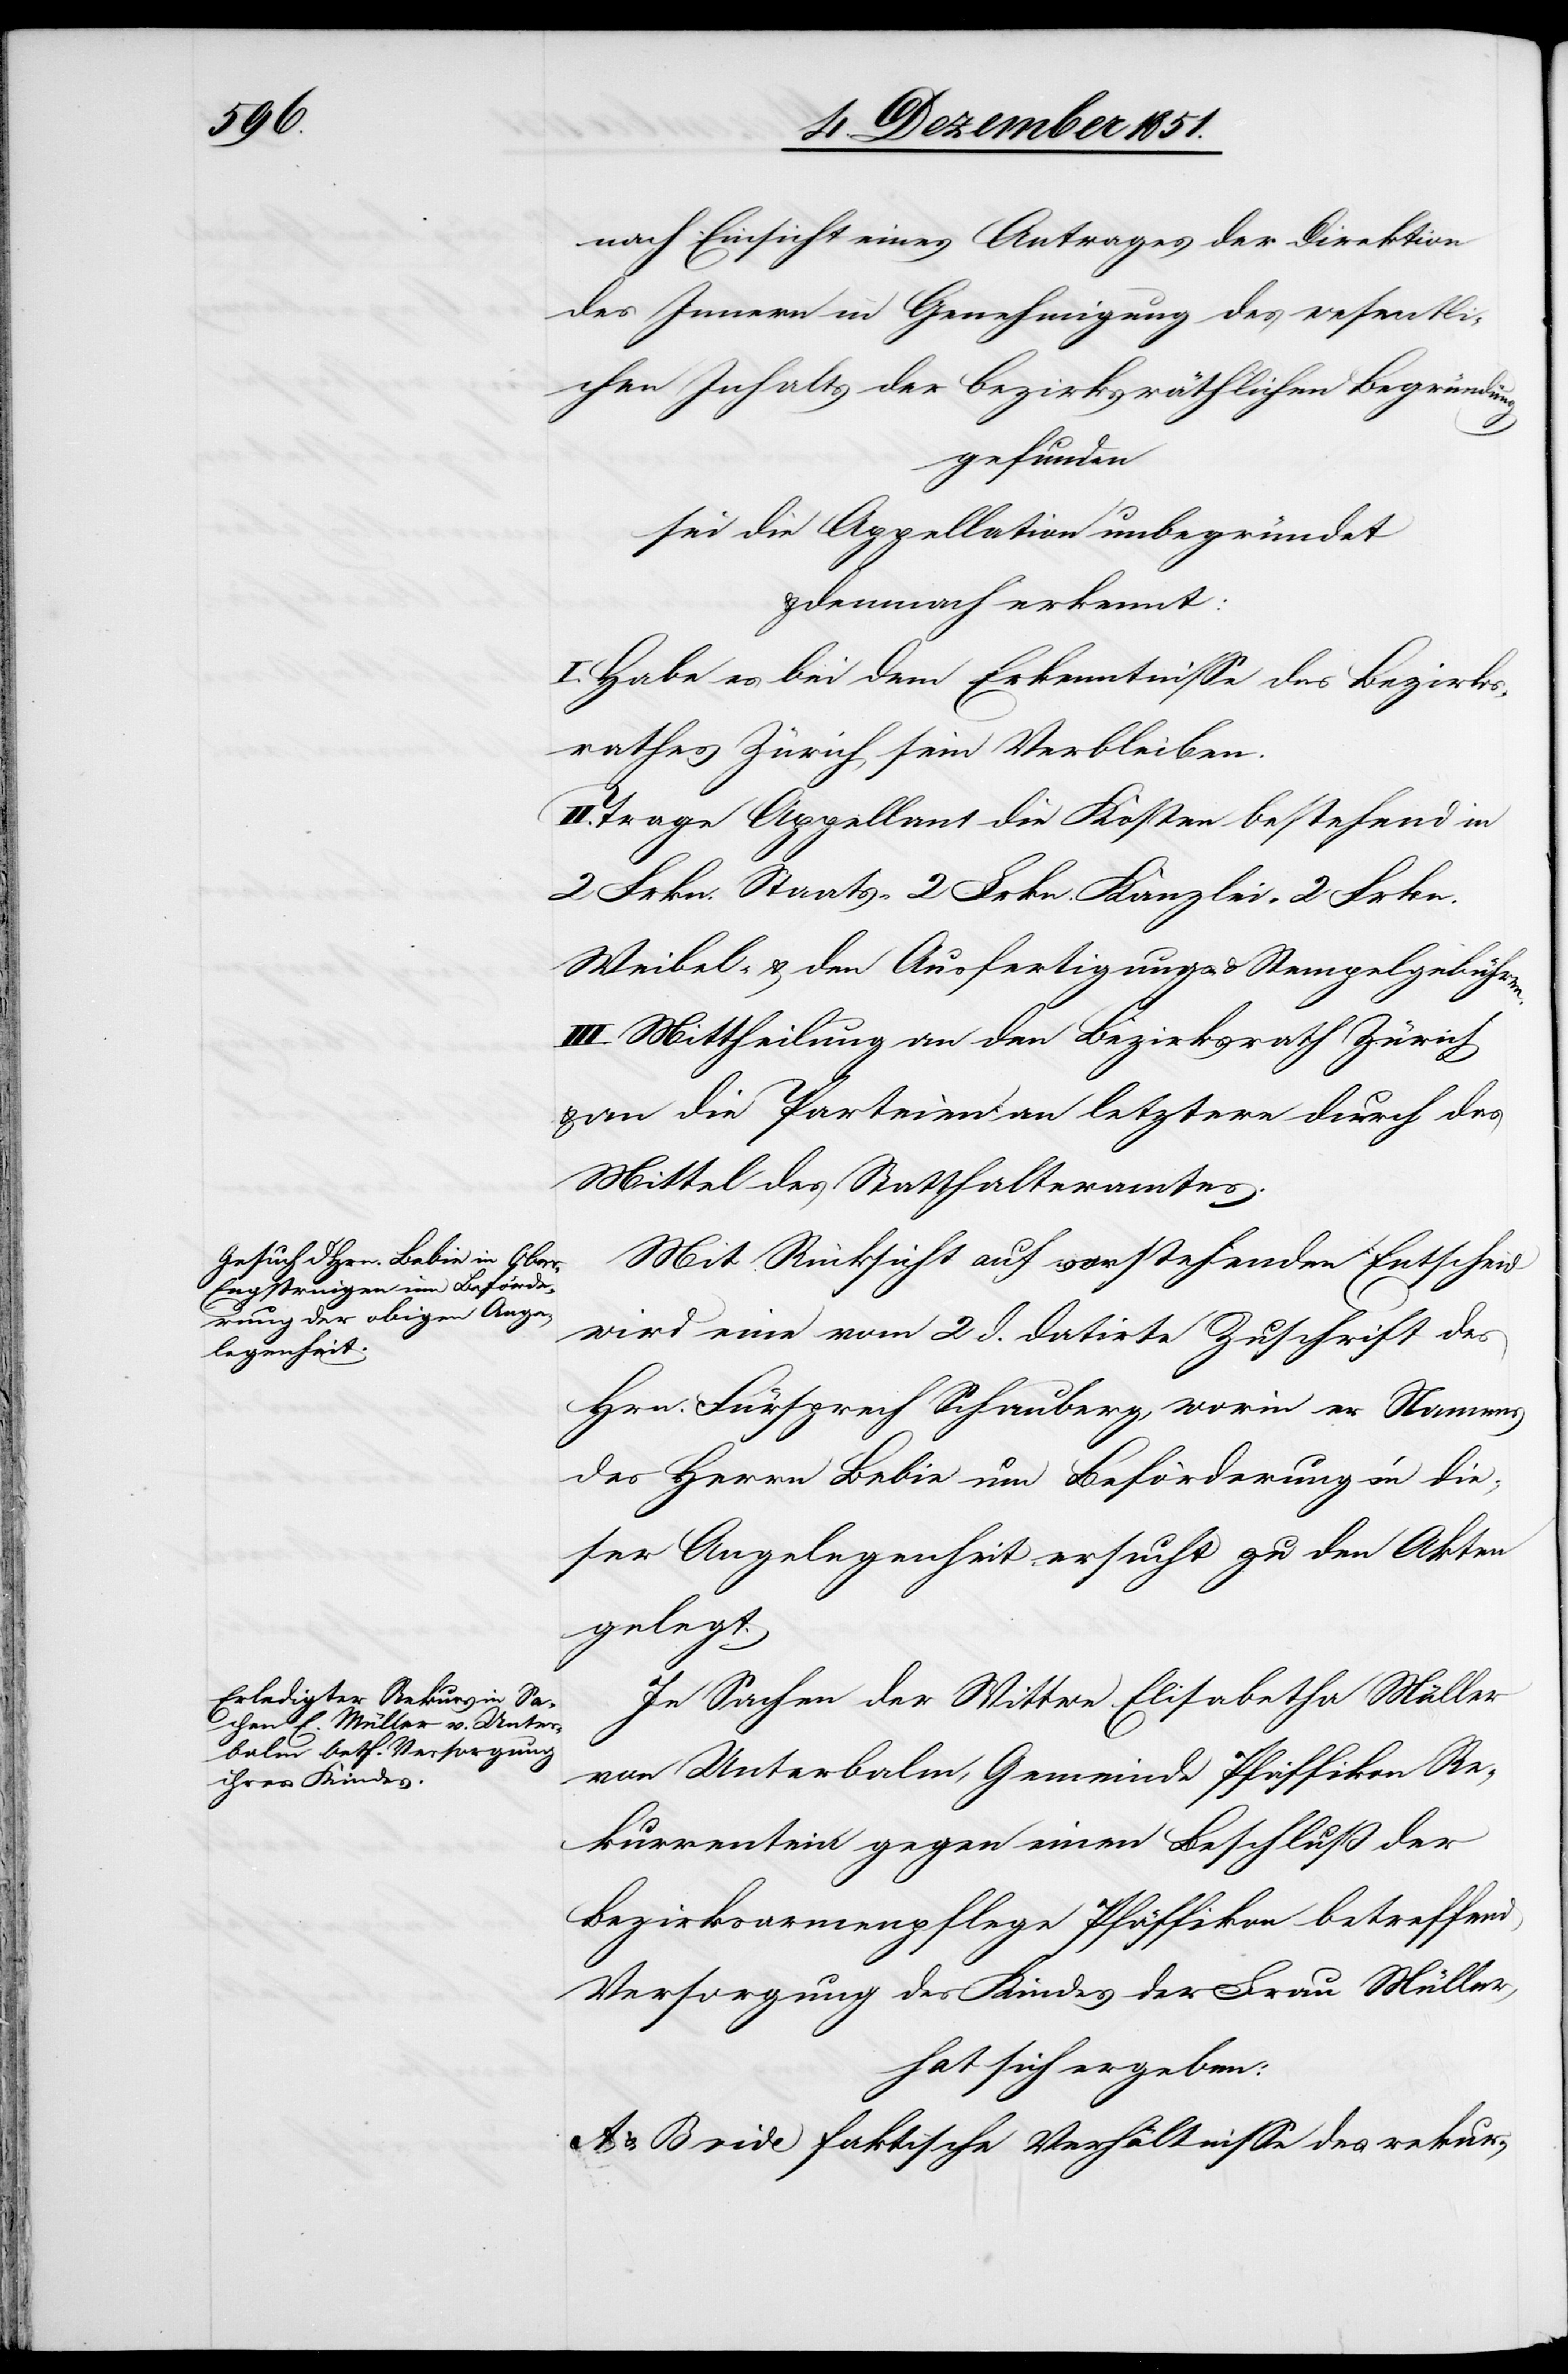
nach Einsicht eines Antrages der Direktion
des Innern in Genehmigung des wesentli¬
chen Inhalts der bezirksräthlichen Begründung
gefunden
sei die Appellation unbegründet
& demnach erkennt:
I. Habe es bei dem Erkenntnisse des Bezirks¬
rathes Zürich sein Verbleiben.
Trage Appellant die Kosten bestehend in
2 Frkn. Staats-[,] 2 Frkn. Kanzlei-[,] 2 Frkn.
Weibel- & den Ausfertigungs- & Stempelgebühren.
III. Mittheilung an den Bezirksrath Zürich
an die Parteien an letztere durch das
Mittel des Statthalteramtes.
Mit Rücksicht auf vorstehenden Entscheid
wird eine vom 2 d. datirte Zuschrift des
Hrn. Fürsprech Schauberg, worin er Namens
des Herrn Bebie um Beförderung in die¬
ser Angelegenheit ersucht zu den Akten
gelegt.
In Sachen der Wittwe Elisabetha Müller
von Unterbalm, Gemeinde Pfäffikon Re¬
kurrentein [recte: Rekurrentin] gegen einen Beschluß der
Bezirksarmenpflege Pfäffikon betreffend
Versorgung des Kindes der Frau Müller,
hat sich ergeben:
A & B vide faktische Verhältnisse des rekur-